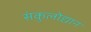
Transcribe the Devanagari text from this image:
संकुलोद्यान